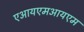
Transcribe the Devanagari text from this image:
एआयएमआयएम